Burma Government Medical School reports 1907-22
Year: 1907
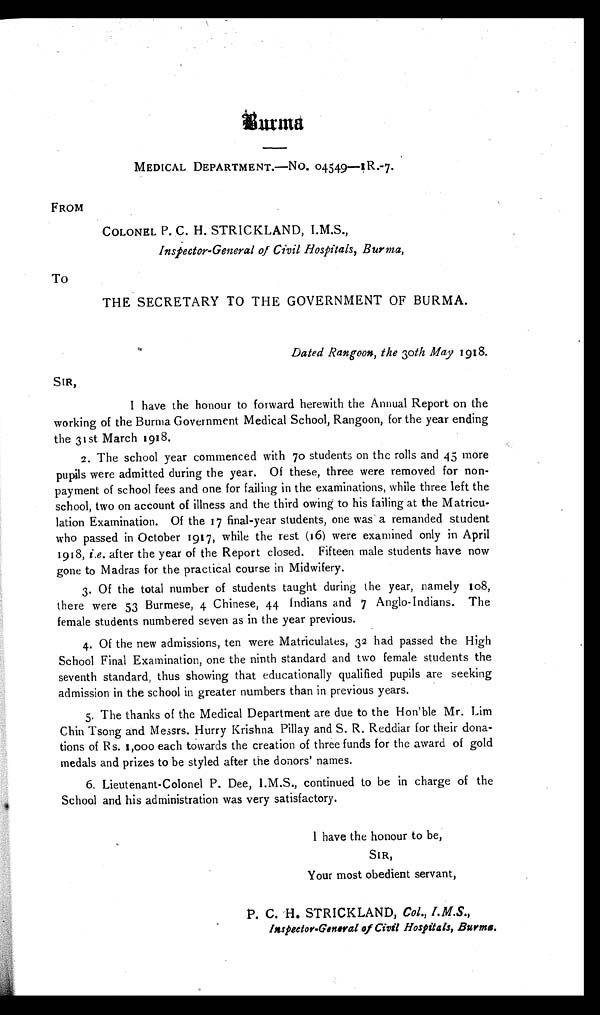
MEDICAL DEPARTMENT.—No. 04549—IR.-7.
FROM
COLONEL P. C. H. STRICKLAND, I.M.S.,
Inspector-General of Civil Hospitals, Burma,
To
THE SECRETARY TO THE GOVERNMENT OF BURMA.
Dated Rangoon, the 30th May 1918.
SIR,
I have the honour to forward herewith the Annual Report on the
working of the Burma Government Medical School, Rangoon, for the year ending
the 31st March 1918.
2. The school year commenced with 70 students on the rolls and 45 more
pupils were admitted during the year. Of these, three were removed for non
- p a y m e n t o f s c h o o l f e e s a n d o n e f o r f a i l i n g i n t h e e x a m i n a t i o n s , w h i l e t h r e e l e f t t h e
school, two on account of illness and the third owing to his failing at the Matricu
-lation Examination. Of the 17 final-year students, one was a remanded student
who passed in October 1917, while the rest (16) were examined only in April
1918, i.e. after the year of the Report closed. Fifteen male students have now
gone to Madras for the practical course in Midwifery.
3. Of the total number of students taught during the year, namely 108,
there were 53 Burmese, 4 Chinese, 44 Indians and 7 Anglo-Indians. The
female students numbered seven as in the year previous.
4. Of the new admissions, ten were Matriculates, 32 had passed the High
School Final Examination, one the ninth standard and two female students the
seventh standard, thus showing that educationally qualified pupils are seeking
admission in the school in greater numbers than in previous years.
5. The thanks of the Medical Department are due to the Hon'ble Mr. Lim
Chin Tsong and Messrs. Hurry Krishna Pillay and S. R. Reddiar for their dona
- t i o n s o f R s . 1 , 0 0 0 e a c h t o w a r d s t h e c r e a t i o n o f t h r e e f u n d s f o r t h e a w a r d o f g o l d
medals and prizes to be styled after the donors' names.
6. Lieutenant-Colonel P. Dee, I.M.S., continued to be in charge of the
School and his administration was very satisfactory.
I have the honour to be,
SIR,
Your most obedient servant,
P. C. H. STRICKLAND, Col., I.M.S.,
o f
C i v i l H o s p i t a l s , B u r m a .